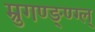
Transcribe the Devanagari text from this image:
म्रुगण्ङ्ण्ग्ल्